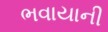
ભવાયાની